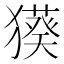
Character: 𤢑